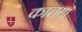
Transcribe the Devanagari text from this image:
कातया